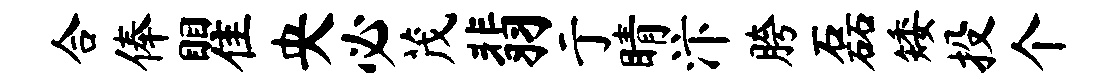
合俸瞿央必茂翡亍睛汴胯磊矮投个